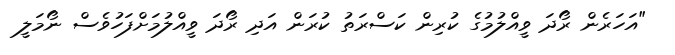
"އަހަރެން ރޯދަ ވީއްލުމުގެ ކުރިން ކަސްރަތު ކުރަން އަދި ރޯދަ ވީއްލުމަށްފަހުވެސް ނޯމަލީ